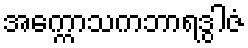
အက္ကောသကဘာရဒွါဇံ